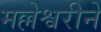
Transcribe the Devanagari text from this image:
मल्लेश्वरीने